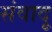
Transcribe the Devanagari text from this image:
संवादू